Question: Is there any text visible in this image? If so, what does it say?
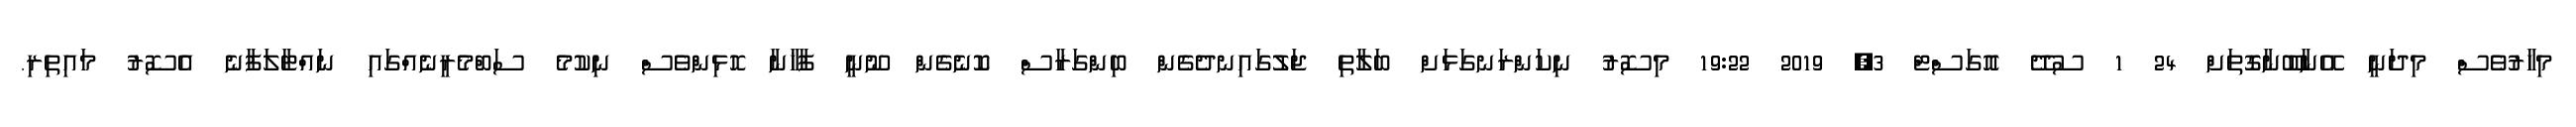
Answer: މިހާރުވެސް މިދަނީ އޭނާބޫނާގޮތަށް 24 1 ސުދޭ އޮގަސްޓް 3, 2019 19:22 މިސޮރު ނިކަންރަނގަޅަށް ބަލާތި ޖަލުގައިނދެގެން ބިންގަރާސް ކޮނެގެން ނޫނީ ފާޚާނާ ހޮޅިންވެސް ނިކުމެ ސަބްމެރީނެއްގައި ނައްޓާލަފާނެ އެސޮރު މައިތިރި.